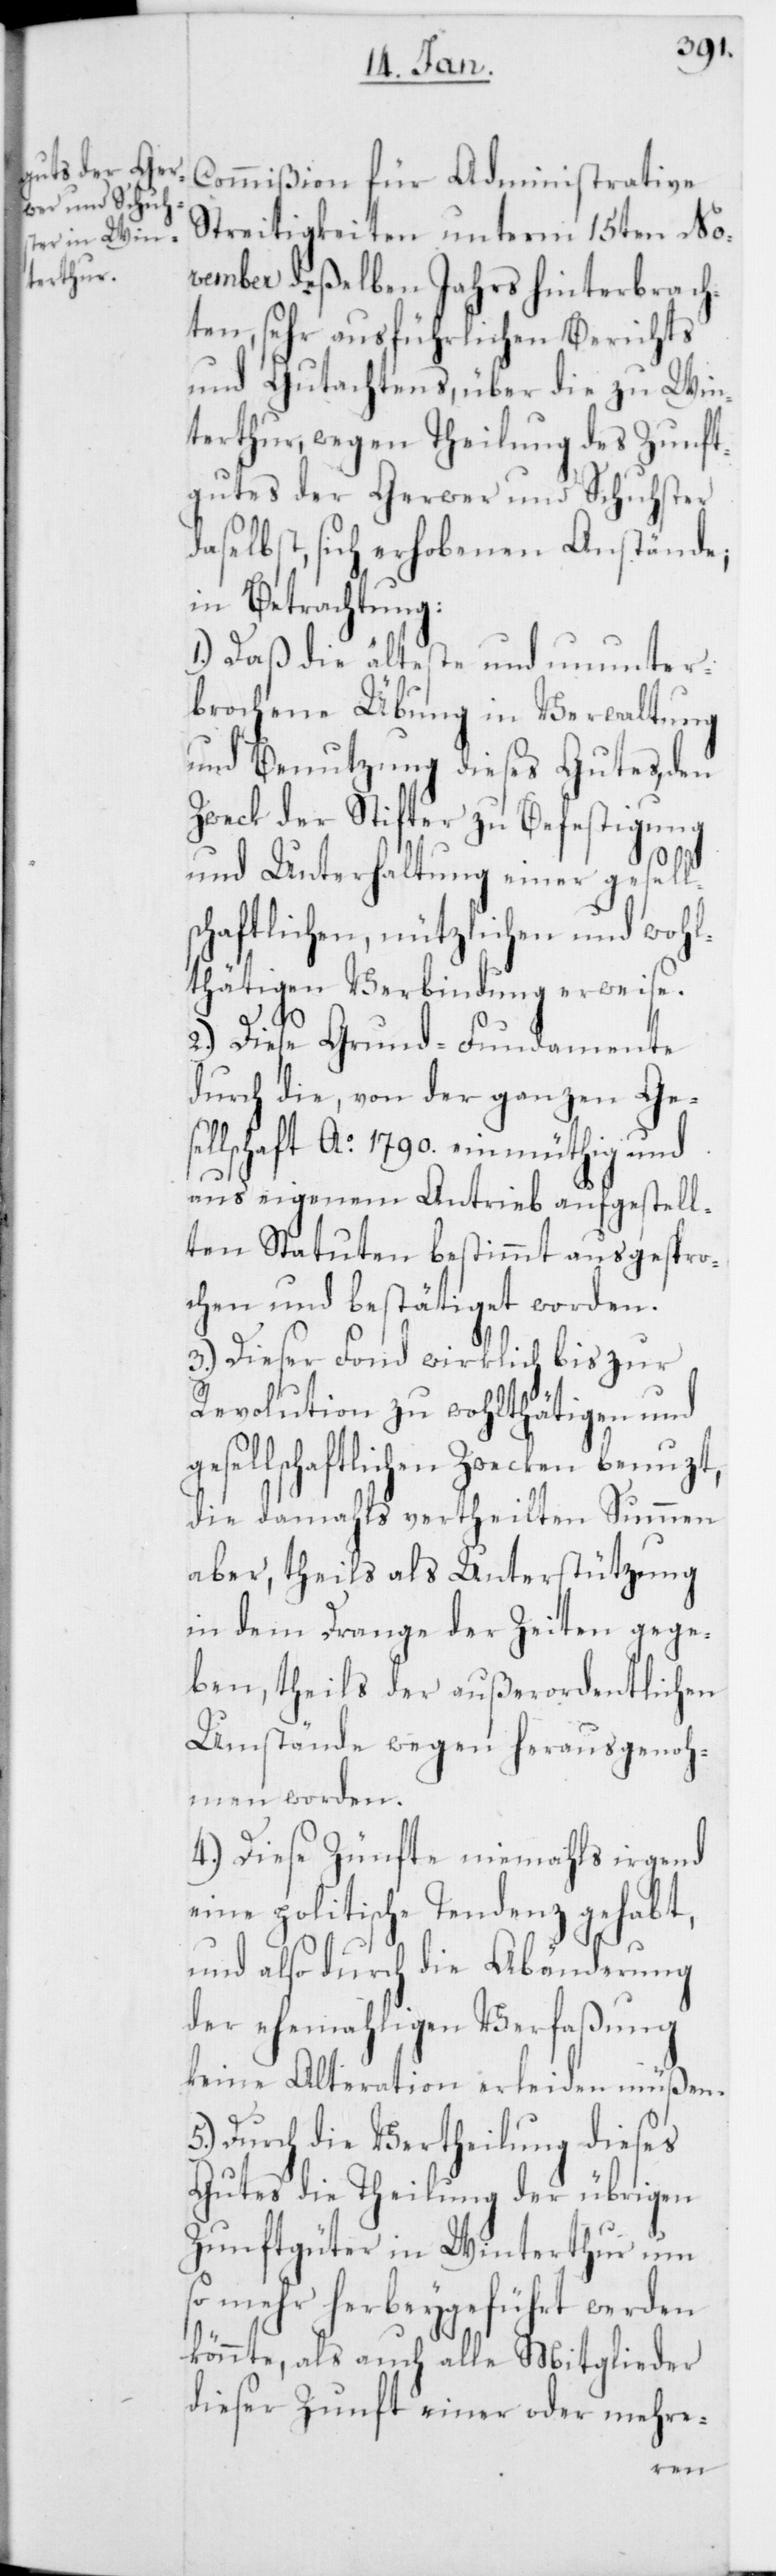
Commißion für Administrative
Streitigkeiten unterm 15ten No¬
vember deßelben Jahrs hinterbrach¬
ten, sehr ausführlichen Berichts
und Gutachtens, über die zu Win¬
terthur, wegen Theilung des Zunft¬
gutes der Gerwer und Schuster
daselbst, sich erhobenen Anstände;
in Betrachtung:
1.) Daß die älteste und ununter¬
brochene Übung in Verwaltung
und Benutzung dieses Gutes, den
Zweck der Stifter zu Befestigung
ges¬
und Unterhaltung einer gesell¬
schaftlichen, nützlichen und wohl¬
thätigen Verbindung erweise.
2.) Diese Grund-Fundamente
durch die, von der ganzen Ges¬
ellschaft Ao. 1790. einmüthig und
aus eigenem Antrieb aufgestell¬
ten Statuten bestimmt ausgespro¬
chen und bestätiget worden.
3.) Dieser Fond wirklich bis zur
Revolution zu wohlthätigen und
ellschaftlichen Zwecken benuzt,
die damahls vertheilten Summen
aber, theils als Unterstützung
in dem Drange der Zeiten gege¬
ben, theils der außerordentlichen
Umstände wegen herausgenoh¬
men worden.
4.) Diese Zünfte niemahls irgend
eine politische Tendenz gehabt,
und also durch die Abänderung
der ehemahligen Verfaßung
keine Alteration erleiden müßen.
5.) Durch die Vertheilung dieses
Gutes die Theilung der übrigen
Zunftgüter in Winterthur um
so mehr herbeygeführt werden
könnte, als auch alle Mitglieder
dieser Zunft einer oder mehre-